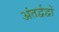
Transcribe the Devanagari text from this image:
अंतर्द्वद्वों